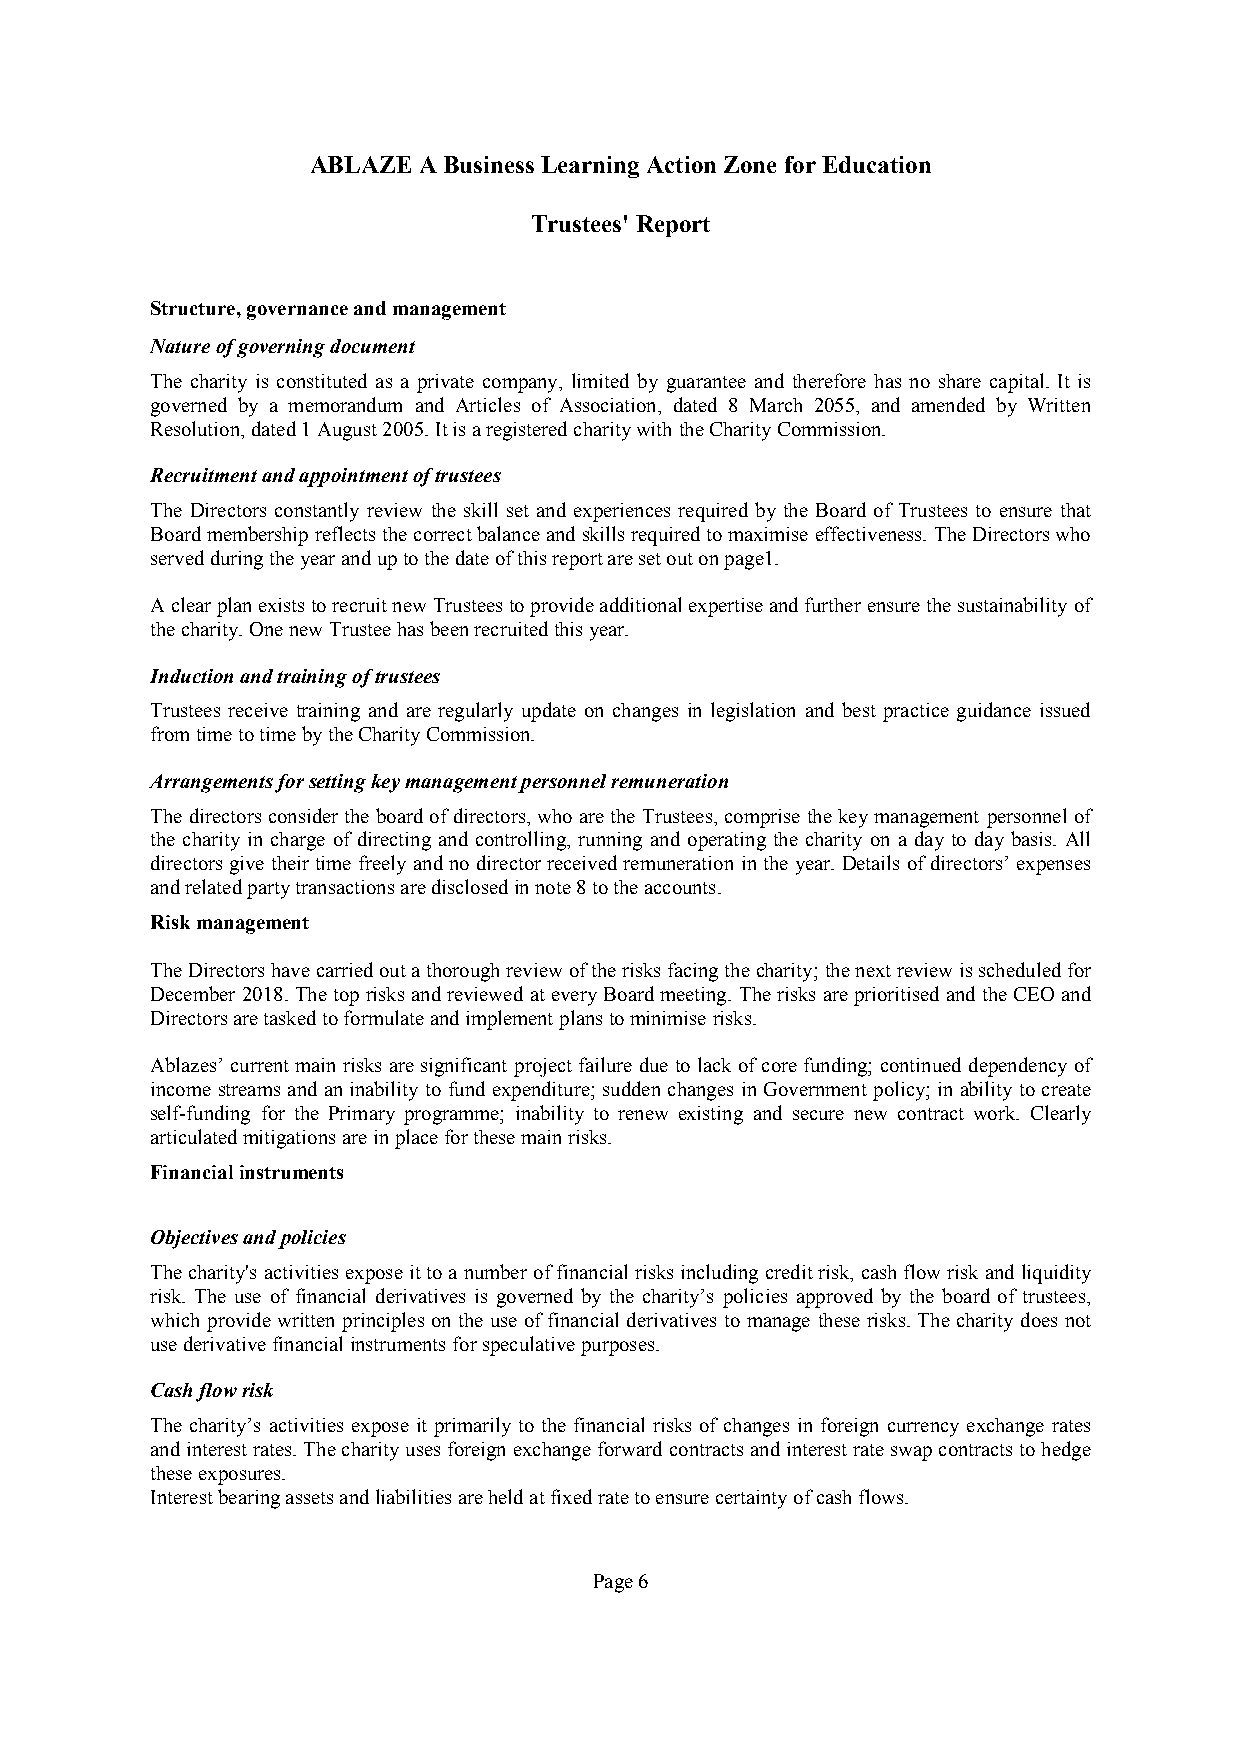
ABLAZE  ABusinessLearning Action Zone forEducation
 Trustees' Report
 Structure,governanceandmanagement
 Natureofgoverningdocument
 The charity is constituted as a private company, limited by guarantee and therefore has no share capital. It is
 governed by a memorandum and Articles of Association, dated 8 March 2055, and amended by Written
 Resolution,dated1August2005.ItisaregisteredcharitywiththeCharityCommission.
 Recruitmentandappointmentoftrustees
 The Directors constantly review the skill set and experiences required by the Board of Trustees to ensure that
 Boardmembership reflectsthecorrectbalanceandskillsrequiredtomaximise effectiveness. TheDirectorswho
 servedduringtheyearanduptothedateofthisreportaresetoutonpage1.
 AclearplanexiststorecruitnewTrusteestoprovideadditionalexpertiseandfurtherensurethesustainability of
 thecharity.OnenewTrusteehasbeenrecruitedthisyear.
 Inductionandtrainingoftrustees
 Trustees receive training and are regularly update on changes in legislation and best practice guidance issued
 fromtimetotimebytheCharityCommission.
 Arrangementsforsettingkeymanagementpersonnelremuneration
 Thedirectorsconsiderthe boardofdirectors,who arethe Trustees,comprise the keymanagement personnel of
 the charity in charge of directing and controlling, running and operating the charity on a day to day basis. All
 directorsgive their time freely andno directorreceivedremuneration inthe year. Detailsofdirectors’expenses
 andrelatedpartytransactionsaredisclosedinnote8totheaccounts.
 Riskmanagement
 TheDirectorshavecarriedoutathoroughreviewoftherisksfacingthecharity;thenextreviewisscheduledfor
 December 2018.Thetoprisks andreviewed ateveryBoardmeeting. Therisks areprioritisedand the CEO and
 Directorsaretaskedtoformulateandimplementplanstominimise risks.
 Ablazes’ current main risksaresignificant projectfailure duetolackofcorefunding; continued dependency of
 income streams and aninability to fund expenditure; sudden changes inGovernment policy; inability tocreate
 self-funding for the Primary programme; inability to renew existing and secure new contract work. Clearly
 articulatedmitigationsareinplaceforthesemainrisks.
 Financialinstruments
 Objectivesandpolicies
 Thecharity's activitiesexposeittoanumber offinancial risksincluding creditrisk,cashflowriskandliquidity
 risk. The use of financial derivatives is governed by the charity’s policies approved by the board of trustees,
 which providewritten principleson the use offinancial derivatives to manage these risks. The charity doesnot
 usederivativefinancialinstruments forspeculativepurposes.
 Cashflowrisk
 The charity’s activities expose it primarily to the financial risks of changes in foreign currency exchange rates
 andinterestrates.Thecharityusesforeignexchange forward contractsandinterestrateswap contractstohedge
 theseexposures.
 Interestbearingassetsandliabilitiesareheldatfixedratetoensurecertaintyofcashflows.
 Page6